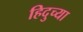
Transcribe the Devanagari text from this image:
हिदुच्या